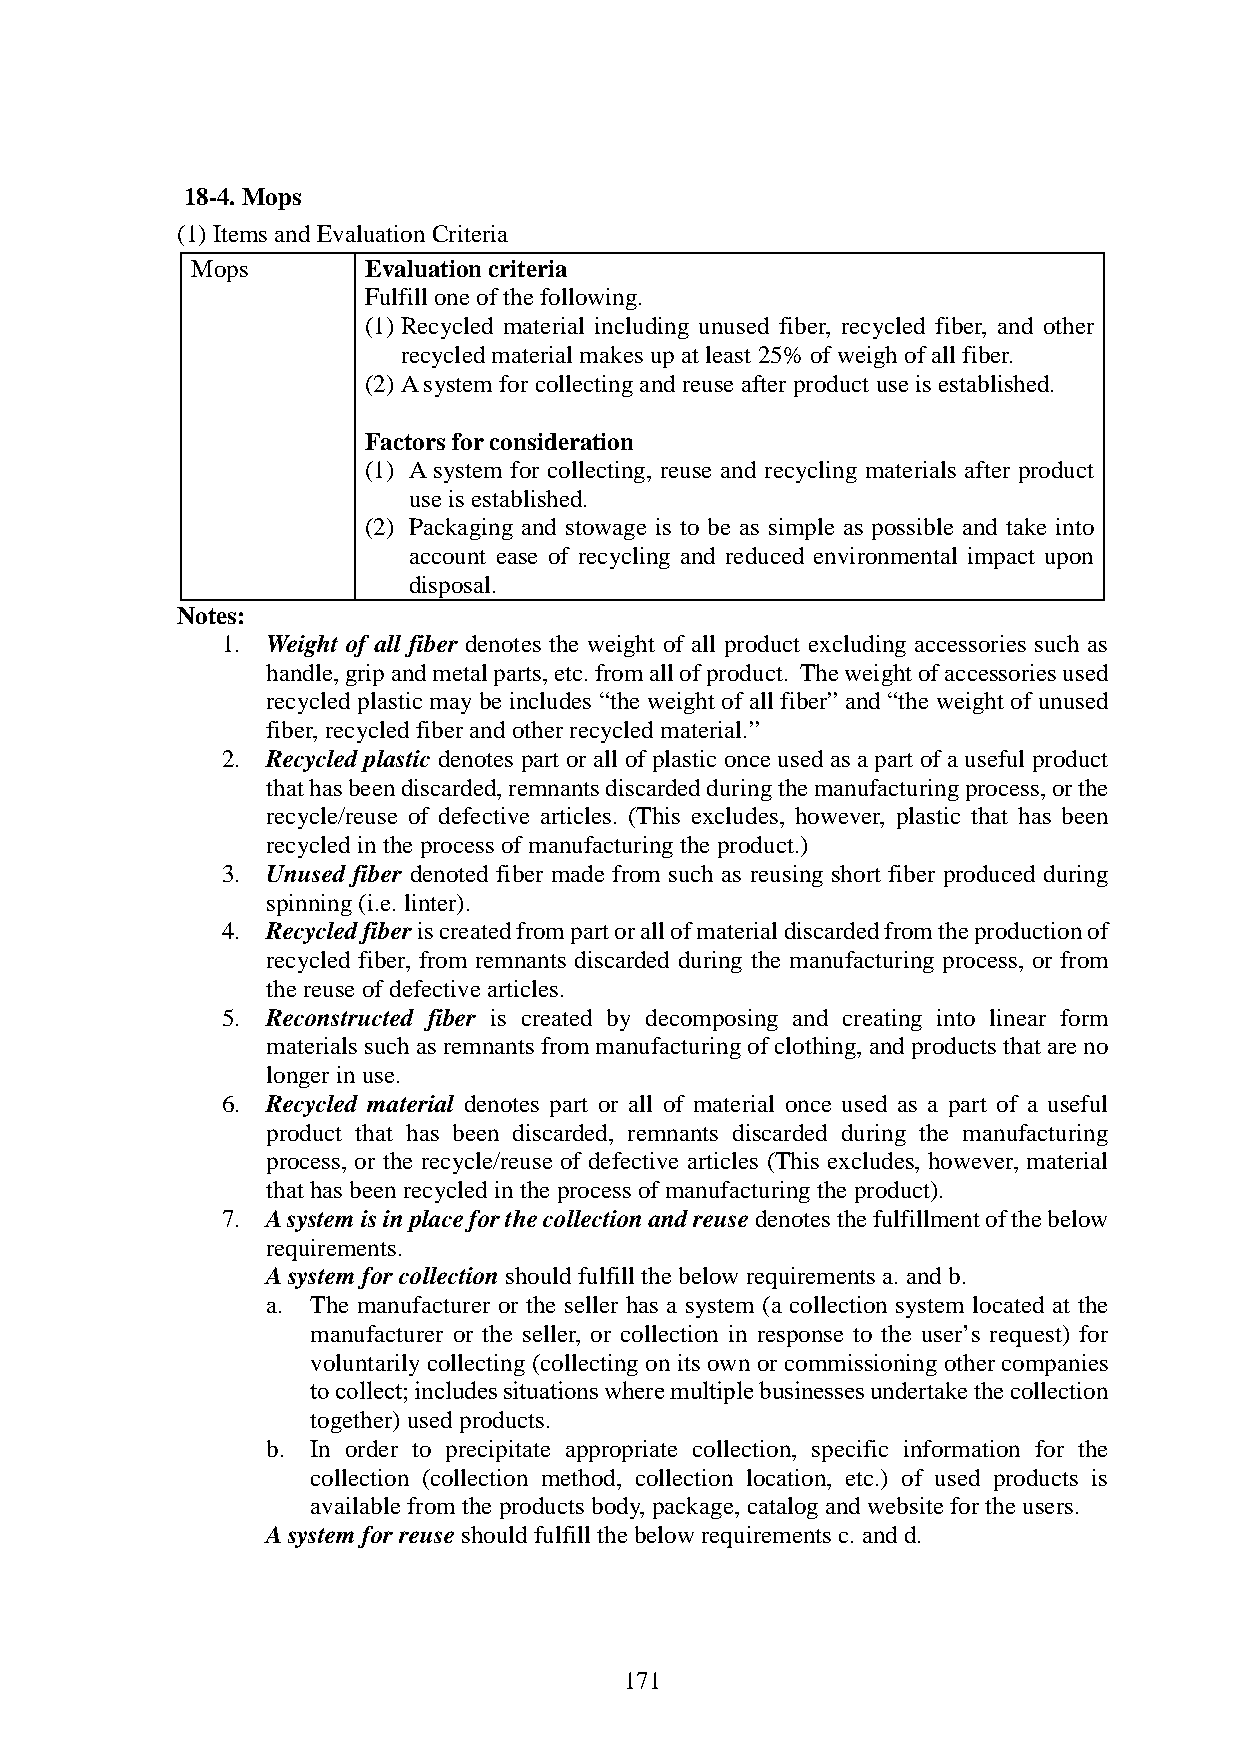
18-4. Mops
 (1) Items and Evaluation Criteria
 Mops       Evaluation criteria
 Fulfill one of the following.
 (1) Recycled material including unused fiber, recycled fiber, and other
 recycled material makes up at least 25% of weigh of all fiber.
 (2) A system for collecting and reuse after product use is established.
 Factors for consideration
 (1) A system for collecting, reuse and recycling materials after product
 use is established.
 (2) Packaging and stowage is to be as simple as possible and take into
 account ease of recycling and reduced environmental impact upon
 disposal.
 Notes:
 1. Weight of all fiber denotes the weight of all product excluding accessories such as
 handle, grip and metal parts, etc. from all of product. The weight of accessories used
 recycled plastic may be includes “the weight of all fiber” and “the weight of unused
 fiber, recycled fiber and other recycled material.”
 2. Recycled plastic denotes part or all of plastic once used as a part of a useful product
 that has been discarded, remnants discarded during the manufacturing process, or the
 recycle/reuse of defective articles. (This excludes, however, plastic that has been
 recycled in the process of manufacturing the product.)
 3. Unused fiber denoted fiber made from such as reusing short fiber produced during
 spinning (i.e. linter).
 4. Recycled fiber is created from part or all of material discarded from the production of
 recycled fiber, from remnants discarded during the manufacturing process, or from
 the reuse of defective articles.
 5. Reconstructed fiber is created by decomposing and creating into linear form
 materials such as remnants from manufacturing of clothing, and products that are no
 longer in use.
 6. Recycled material denotes part or all of material once used as a part of a useful
 product that has been discarded, remnants discarded during the manufacturing
 process, or the recycle/reuse of defective articles (This excludes, however, material
 that has been recycled in the process of manufacturing the product).
 7. A system is in place for the collection and reuse denotes the fulfillment of the below
 requirements.
 A system for collection should fulfill the below requirements a. and b.
 a. The manufacturer or the seller has a system (a collection system located at the
 manufacturer or the seller, or collection in response to the user’s request) for
 voluntarily collecting (collecting on its own or commissioning other companies
 to collect; includes situations where multiple businesses undertake the collection
 together) used products.
 b. In order to precipitate appropriate collection, specific information for the
 collection (collection method, collection location, etc.) of used products is
 available from the products body, package, catalog and website for the users.
 A system for reuse should fulfill the below requirements c. and d.
 171